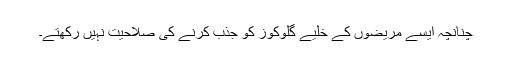
چنانچہ ایسے مریضوں کے خلیے گلوکوز کو جذب کرنے کی صلاحیت نہیں رکھتے۔